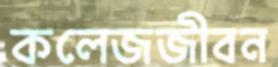
কলেজজীবন